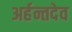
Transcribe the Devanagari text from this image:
अर्हन्तदेव